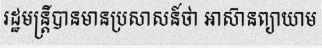
រដ្ឋមន្ត្រីបានមានប្រសាសន៍ថា អាស៊ានព្យាយាម